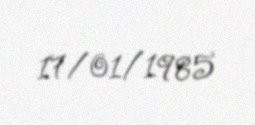
17/01/1985